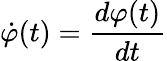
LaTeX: \dot{\varphi}(t)=\frac{d\varphi(t)}{dt}